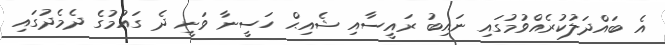
އެ ބައްދަލުކުރެއްވުމުގައި ނައިބު ރައީސާއި ޝެއިޙް ހަސީނާ ވަނީ ދެ ގައުމުގެ ދެމެދުގައި